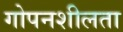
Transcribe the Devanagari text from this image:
गोपनशीलता